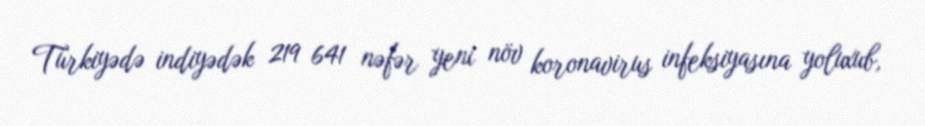
Türkiyədə indiyədək 219 641 nəfər yeni növ koronavirus infeksiyasına yoluxub,